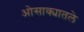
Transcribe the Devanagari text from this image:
ओसाक्यातले